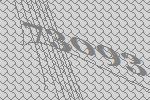
73093